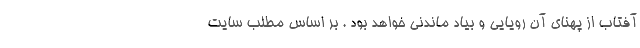
آفتاب از پهنای آن رویایی و بیاد ماندنی خواهد بود . بر اساس مطلب سایت